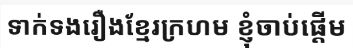
ទាក់ទងរឿងខ្មែរក្រហម ខ្ញុំចាប់ផ្តើម